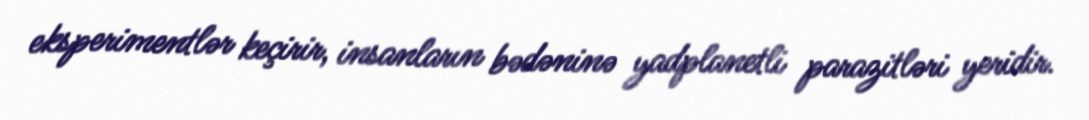
eksperimentlər keçirir, insanların bədəninə yadplanetli parazitləri yeridir.